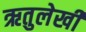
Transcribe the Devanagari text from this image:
ऋतुलेखी